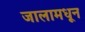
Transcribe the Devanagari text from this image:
जालामधून